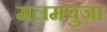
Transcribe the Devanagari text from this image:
मलमपुजा